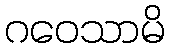
ဂဝေသာမိ